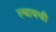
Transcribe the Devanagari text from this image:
ल्यायची